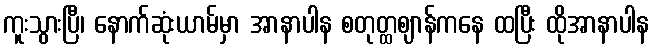
ကူးသွားပြီ၊ နောက်ဆုံးယာမ်မှာ အာနာပါန စတုတ္ထဈာန်ကနေ ထပြီး ထိုအာနာပါန